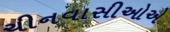
ચીનવાસીઓએ